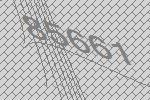
85661